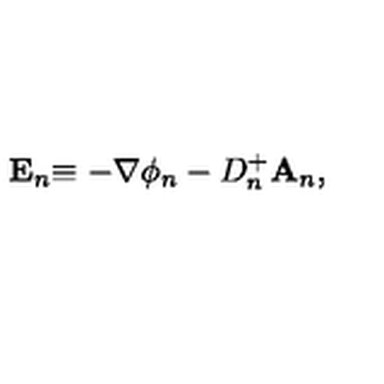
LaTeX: \mathbf { E } _ { n } \mathbf { \equiv - } \nabla \phi _ { n } - D _ { n } ^ { + } \mathbf { A } _ { n } ,